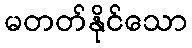
မတတ်နိုင်သော